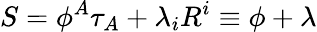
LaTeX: S=\phi^{A}\tau_{A}+\lambda_{i}R^{i}\equiv\phi+\lambda